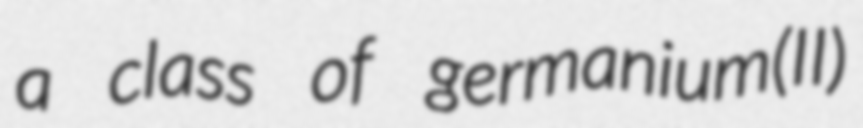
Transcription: a class of germanium(II)